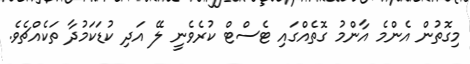
މިގޮތުން އެންމެ އާންމު ގޮތެއްގައި ޓެސްޓް ކުރެވެނީ ލޭ އަދި ކުޑަކަމުދާ ތަކެއްޗެވެ.